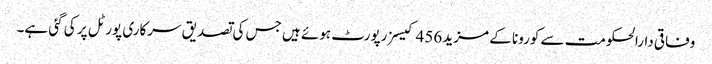
وفاقی دارالحکومت سے کورونا کے مزید 456 کیسز رپورٹ ہوئے ہیں جس کی تصدیق سرکاری پورٹل پر کی گئی ہے۔